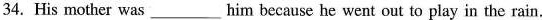
34.His mother was_him because he went out to play in the rain.